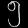
Digit: ၅